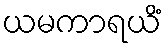
ယမကာရယိံ